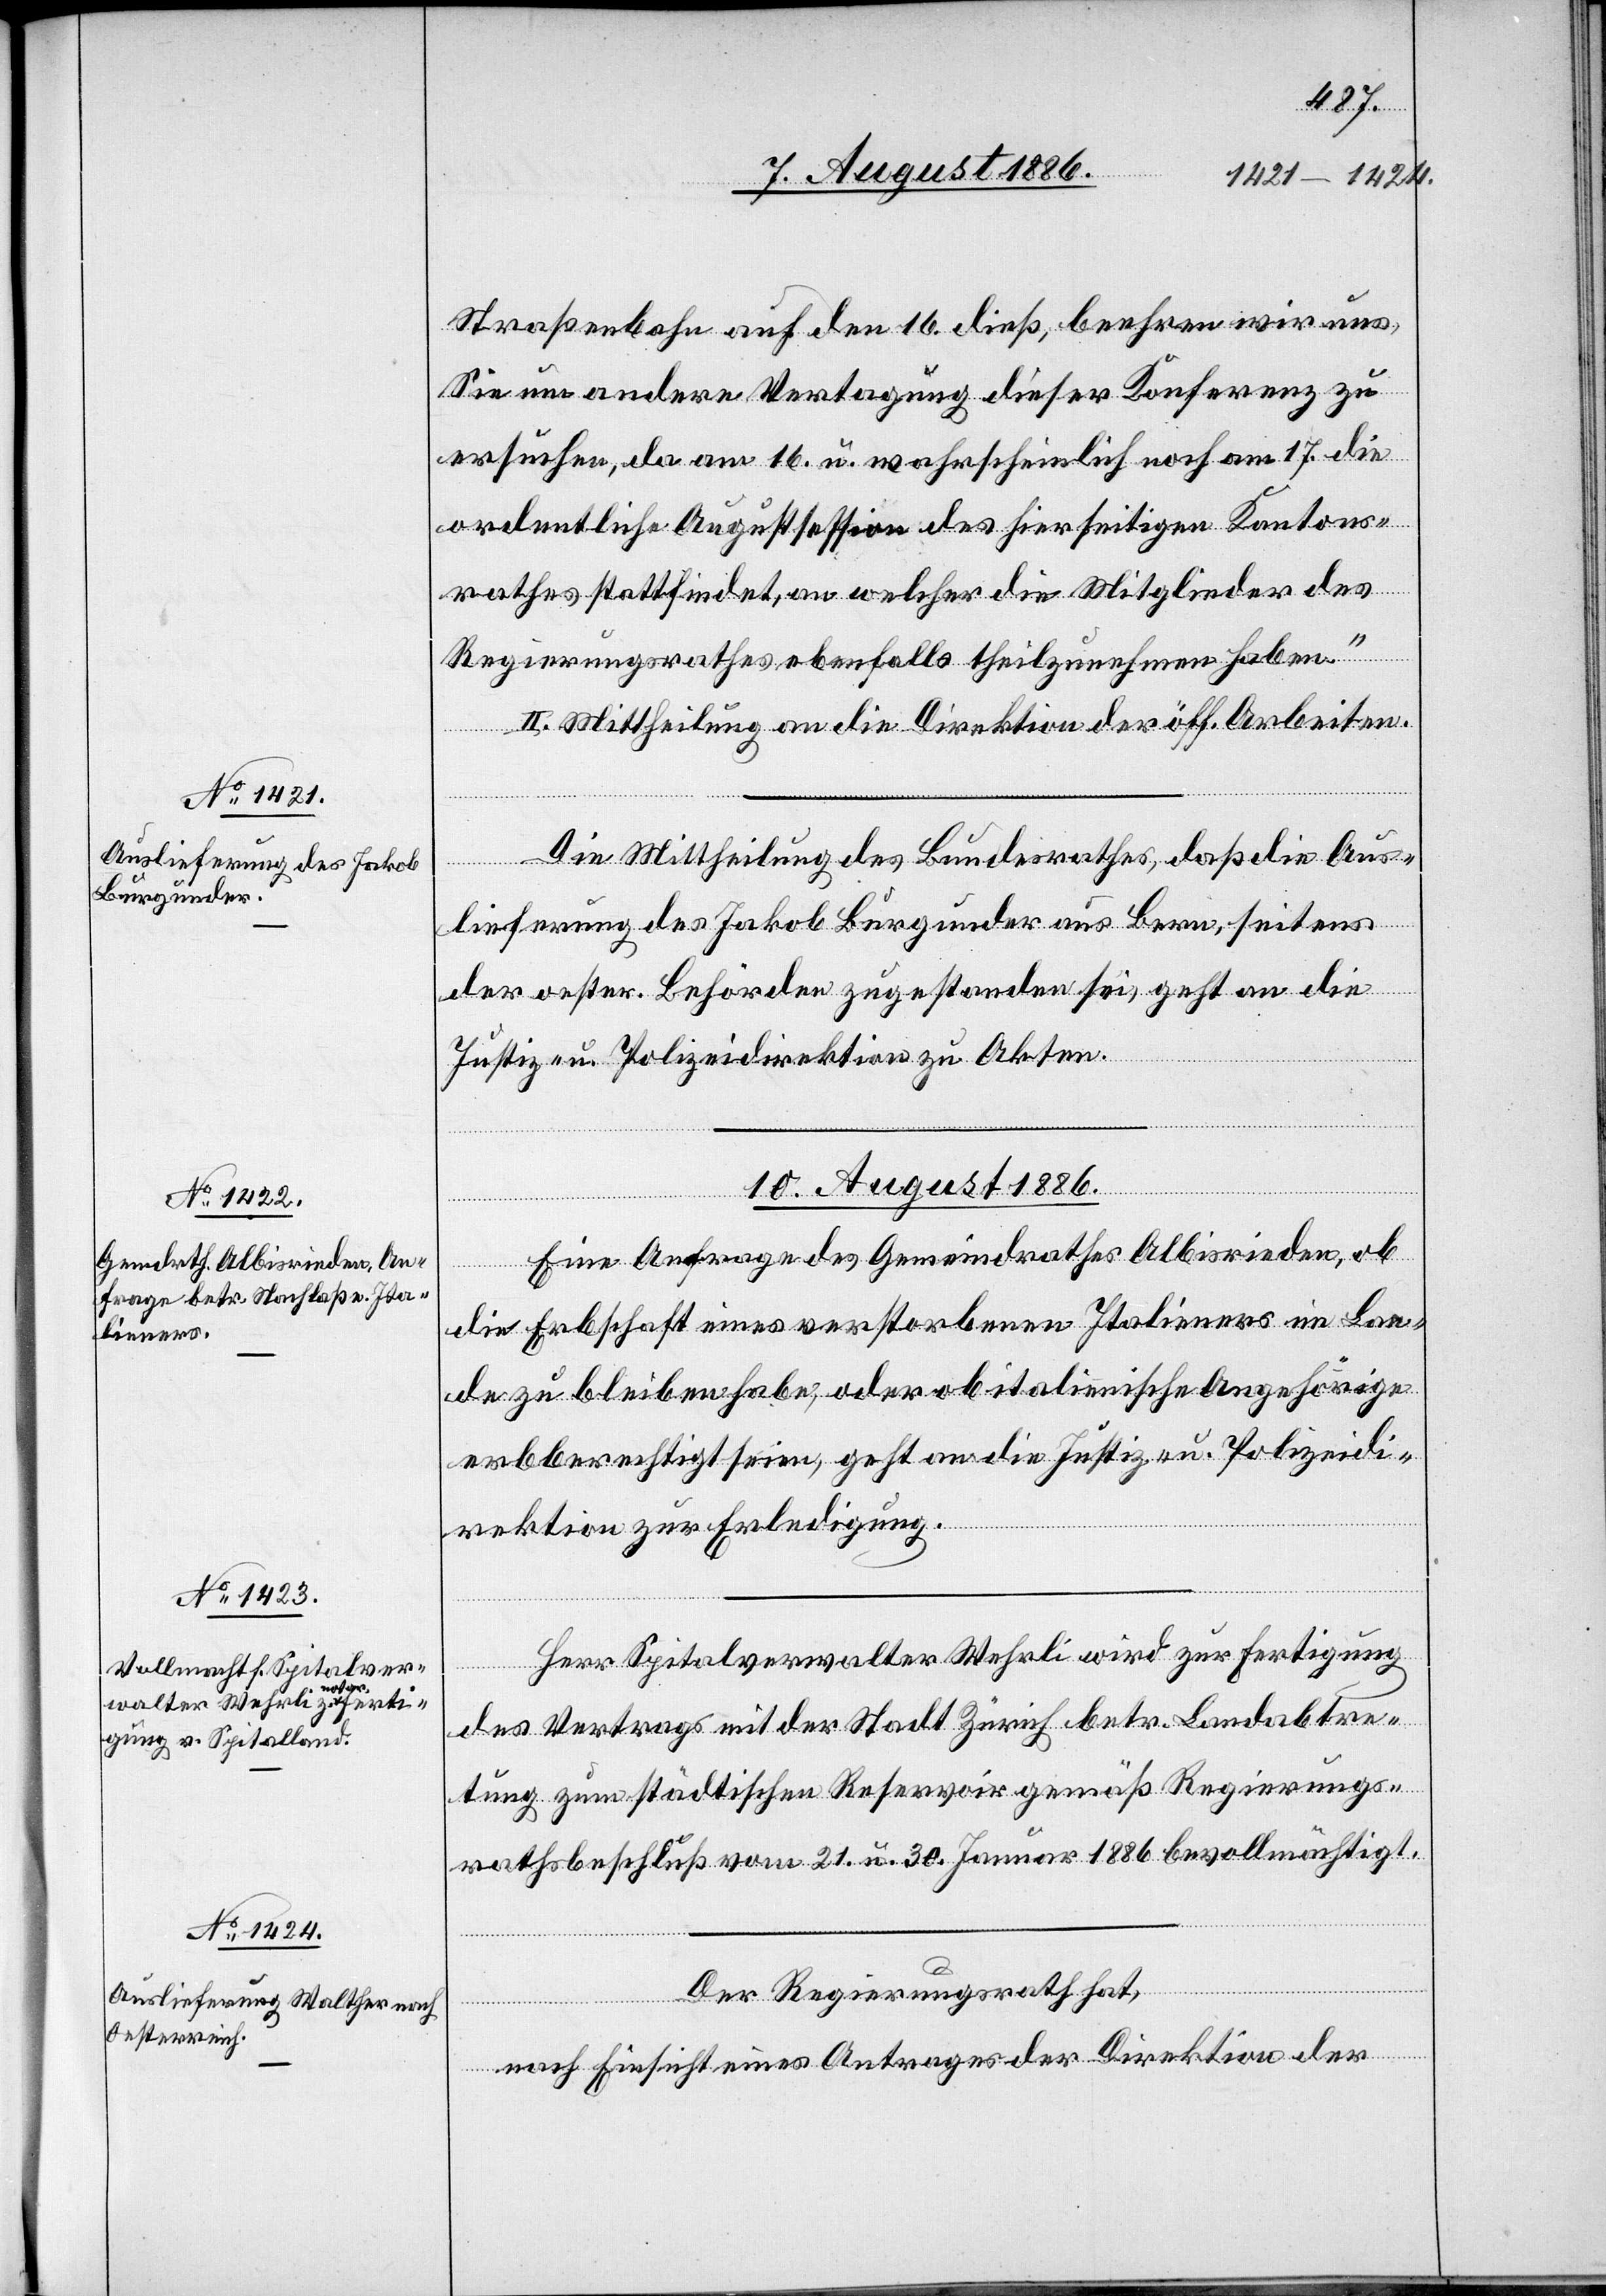
9. August 1886.]
Straßenbahn auf den 16. dieß, beehren wir uns,
Sie um andere Vertagung dieser Konferenz zu
ersuchen, da am 16. u. wahrscheinlich noch am 17. die
ordentliche Augustsession des hierseitigen Kantons¬
rathes stattfindet, an welcher die Mitglieder des
Regierungsrathes ebenfalls theilzunehmen haben.“
Mittheilung an die Direktion der öff. Arbeiten.
lieferung des Jakob Burgunder aus Bern, seitens
der oester. Behörden zugestanden sei, geht an die
Justiz- & Polizeidirektion zu Akten.
10. August 1886.]
Eine Anfrage des Gemeindrathes Albisrieden, ob
die Erbschaft eines verstorbenen Italieners im Lan¬
de zu bleiben habe, oder ob italienische Angehörige
erbberechtigt seien, geht an die Justiz- & Polizeidi¬
rektion zur Erledigung.
Herr Spitalverwalter Wehrli wird zur Fertigung
Aus¬
des Vertrags mit der Stadt Zürich betr. Landabtre¬
tung zum städtischen Reservoir gemäß Regierungs¬
rathsbeschluß vom 21. u. 30. Januar 1886 bevollmächtigt.
Der Regierungsrath hat,
nach Einsicht eines Antrages der Direktion der